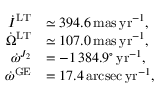
\begin{array} { r l } { \dot { I } ^ { \mathrm { L T } } } & { \simeq 3 9 4 . 6 \, \mathrm { m a s \, y r } ^ { - 1 } , } \\ { \dot { \Omega } ^ { \mathrm { L T } } } & { \simeq 1 0 7 . 0 \, \mathrm { m a s \, y r } ^ { - 1 } , } \\ { \dot { \omega } ^ { J _ { 2 } } } & { = - 1 \, 3 8 4 . 9 ^ { \circ } \, \mathrm { y r } ^ { - 1 } , } \\ { \dot { \omega } ^ { \mathrm { G E } } } & { = 1 7 . 4 \, \mathrm { a r c s e c \, y r } ^ { - 1 } , } \end{array}